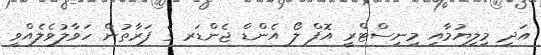
އަދި މިލިޔުމާއި މިނިސްޓްރީ އޮފް ލޯ އެންޑް ޖެންޑަރ ގެ ފަރާތުން ހަވާލުވެލެއްވީ